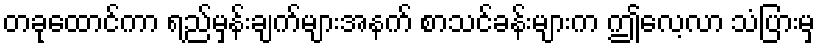
တခုထောင်ကာ ရည်မှန်းချက်များအနက် စာသင်ခန်းများက ဤလေ့လာ သံပြားမှ